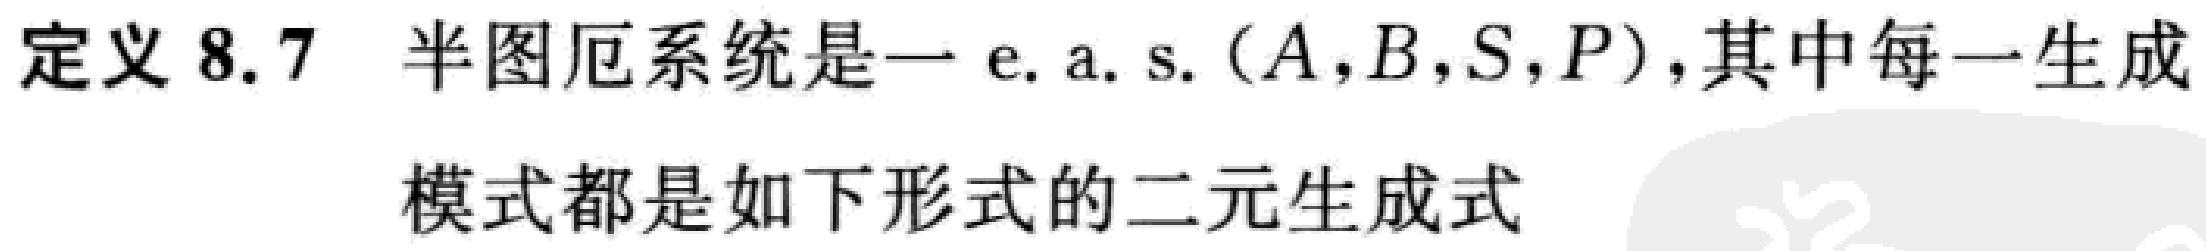
定义 8.7 半图厄系统是一 e. a. s. $(A,B,S,P)$，其中每一生成

模式都是如下形式的二元生成式